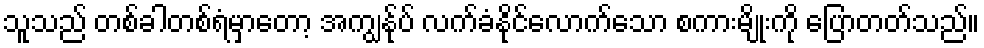
သူသည် တစ်ခါတစ်ရံမှာတော့ အကျွန်ုပ် လက်ခံနိုင်လောက်သော စကားမျိုးကို ပြောတတ်သည်။